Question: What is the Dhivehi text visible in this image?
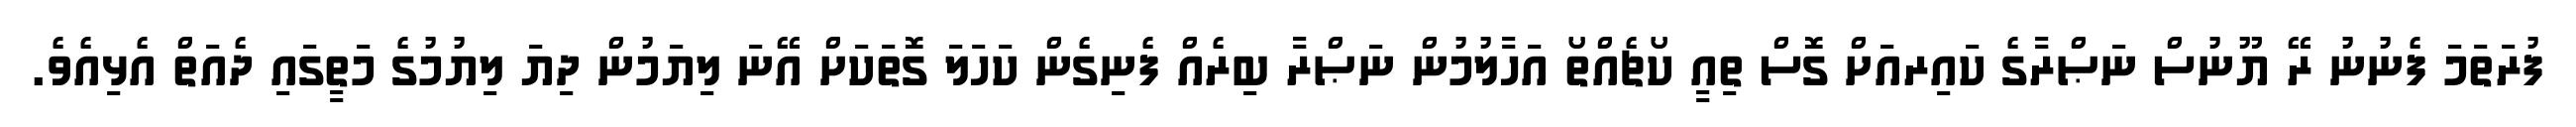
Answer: ފުރަތަމަ ފެނުނު ރޭ ޔޫނުސް ނަޞްރާގެ ކައިރއަށް ގޮސް ތިއީ ކޯޗެއްތޯ އަހާލުމުން ނަޞްރާ ބިރެއް ފެނިގެން ކަހަލަ ގޮތަކަށް އޭނަ ލިޔަމުން ދިޔަ ލިޔުމުގެ މަތީގައި ދެއަތް އެޅިއެވެ.